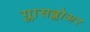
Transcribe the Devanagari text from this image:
ग्लासब्लोअर